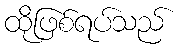
ထိုဖြစ်ရပ်သည်